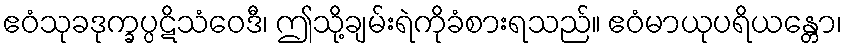
ဧဝံသုခဒုက္ခပ္ပဋိသံဝေဒီ၊ ဤသို့ချမ်းရဲကိုခံစားရသည်။ ဧဝံမာယုပရိယန္တော၊